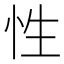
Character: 性